Civil Veterinary Department Bihar & Orissa reports 1922-29 - 1922-1929
Year: 1922
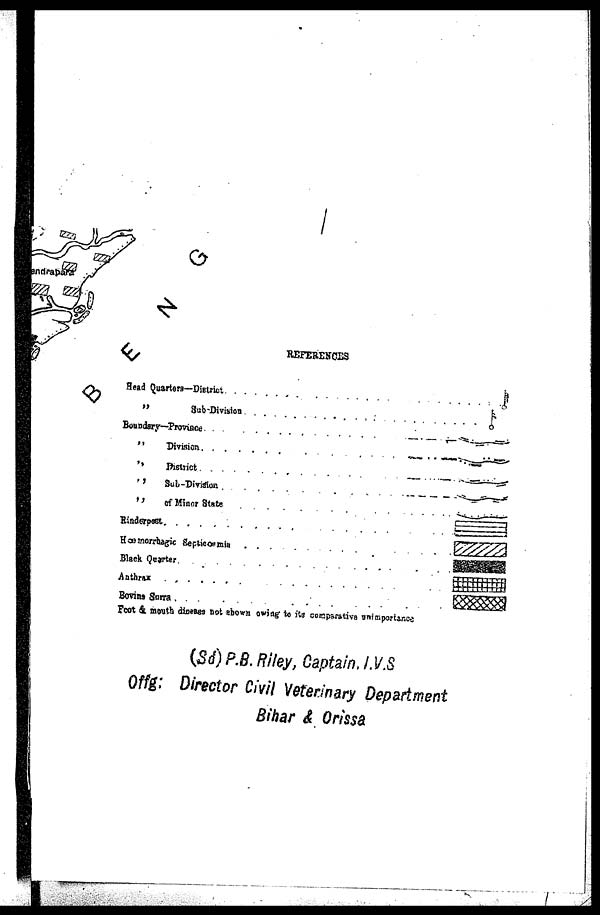
REFERENCES
Head Quarters-District . . . . . . . . . . . . . .
„ Sub-Division . . . . . . . . . . . . . . .
Boundary-Province . . . . . . . . . . . . . .
„ Division . . . . . . . . . . . . . . .
District . . . . . . . . .
„ Sub-Division . . . . . . . .
„ of Minor State
.
.
.
.
.
.
.
.
.
.
Rinderpest . . . . . . . . . . . . . . .
Hœimorrbagic septiœmia . . . . . . . .
Black Quarter . . . . . . . . . .
Bovines Sorra . . . . . . . . .
Foot & mouth disease not shown owing to its comparative uniæportance
(Sd) P.B. Riley, Captain, I.V.S
Offg: Director Civil Veterinary Department
Bihar & Orissa